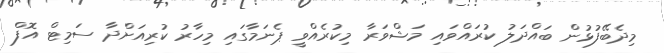
މިދެބޭފުޅުން ބައްދަލު ކުރައްވައި މަޝްވަރާ މިކުރެއްވީ ޕެނަމާގައި މިހާރު ކުރިއަށްދާ ސަމިޓް އޮފް